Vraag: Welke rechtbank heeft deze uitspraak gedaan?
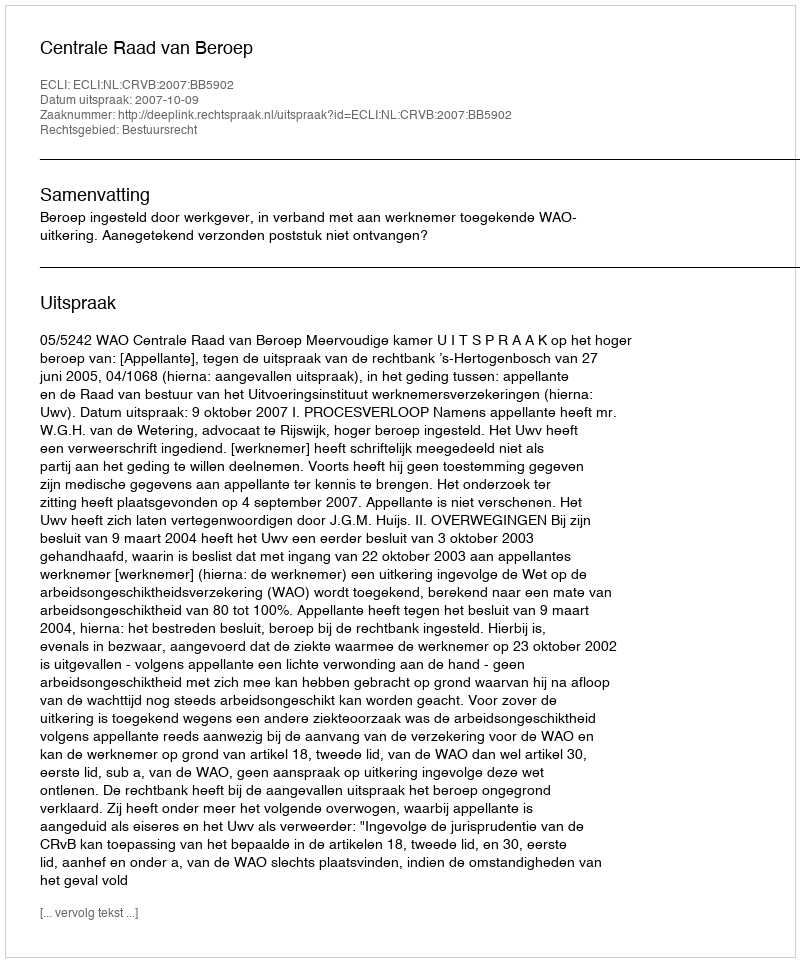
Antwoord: Centrale Raad van Beroep